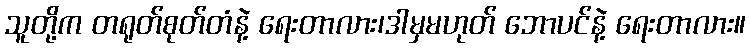
သူတို့က တရုတ်စုတ်တံနဲ့ ရေးတာလား၊ဒါမှမဟုတ် ဘောပင်နဲ့ ရေးတာလား။